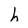
Character: h